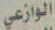
الوازعي